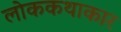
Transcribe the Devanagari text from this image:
लोककथाकार